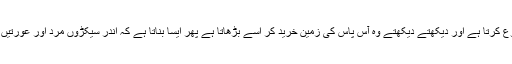
حیرت اس پر ہے کہ برس گذر جاتے ہیں کہ ایک بابا ایک کمرہ سے اپنی دُکان شروع کرتا ہے اور دیکھتے دیکھتے وہ آس پاس کی زمین خرید کر اسے بڑھاتا ہے پھر ایسا بناتا ہے کہ اندر سیکڑوں مرد اور عورتیں بالغ اور نابالغ لڑکیاں آجاتی ہیں اور چاروں طرف لوہے کی دیوار کھڑی ہوجاتی ہے۔